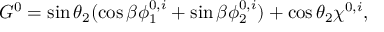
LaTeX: G ^ { 0 } = \sin \theta _ { 2 } ( \cos \beta \phi _ { 1 } ^ { 0 , i } + \sin \beta \phi _ { 2 } ^ { 0 , i } ) + \cos \theta _ { 2 } \chi ^ { 0 , i } ,